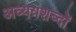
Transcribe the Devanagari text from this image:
अव्ययशब्दों